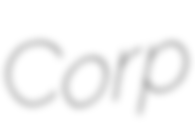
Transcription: Corp